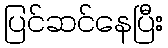
ပြင်ဆင်နေပြီး